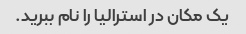
یک مکان در استرالیا را نام ببرید.